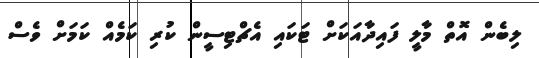
ލިބެން އޮތް މާލީ ފައިދާއަކަށް ޓަކައި އެޗްޓިސީން ކުރި ކަމެއް ކަމަށް ވެސް